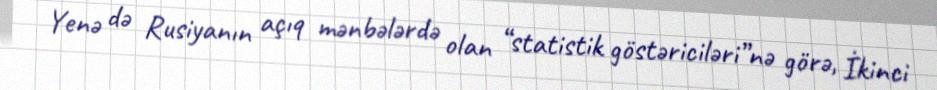
Yenə də Rusiyanın açıq mənbələrdə olan “statistik göstəriciləri”nə görə, İkinci